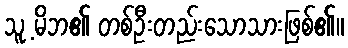
သူ့ မိဘ၏ တစ်ဦးတည်းသောသားဖြစ်၏။